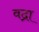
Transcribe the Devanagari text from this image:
वद्रा